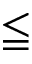
\leqq